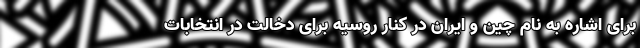
برای اشاره به نام چین و ایران در کنار روسیه برای دخالت در انتخابات